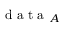
\mathrm { ~ d ~ a ~ t ~ a ~ } _ { A }